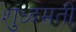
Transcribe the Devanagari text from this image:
शुध्दमती